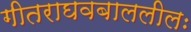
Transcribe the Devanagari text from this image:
गीतराघवबाललीलः